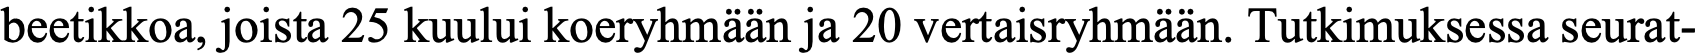
beetikkoa, joista 25 kuului koeryhmään ja 20 vertaisryhmään. Tutkimuksessa seurat-